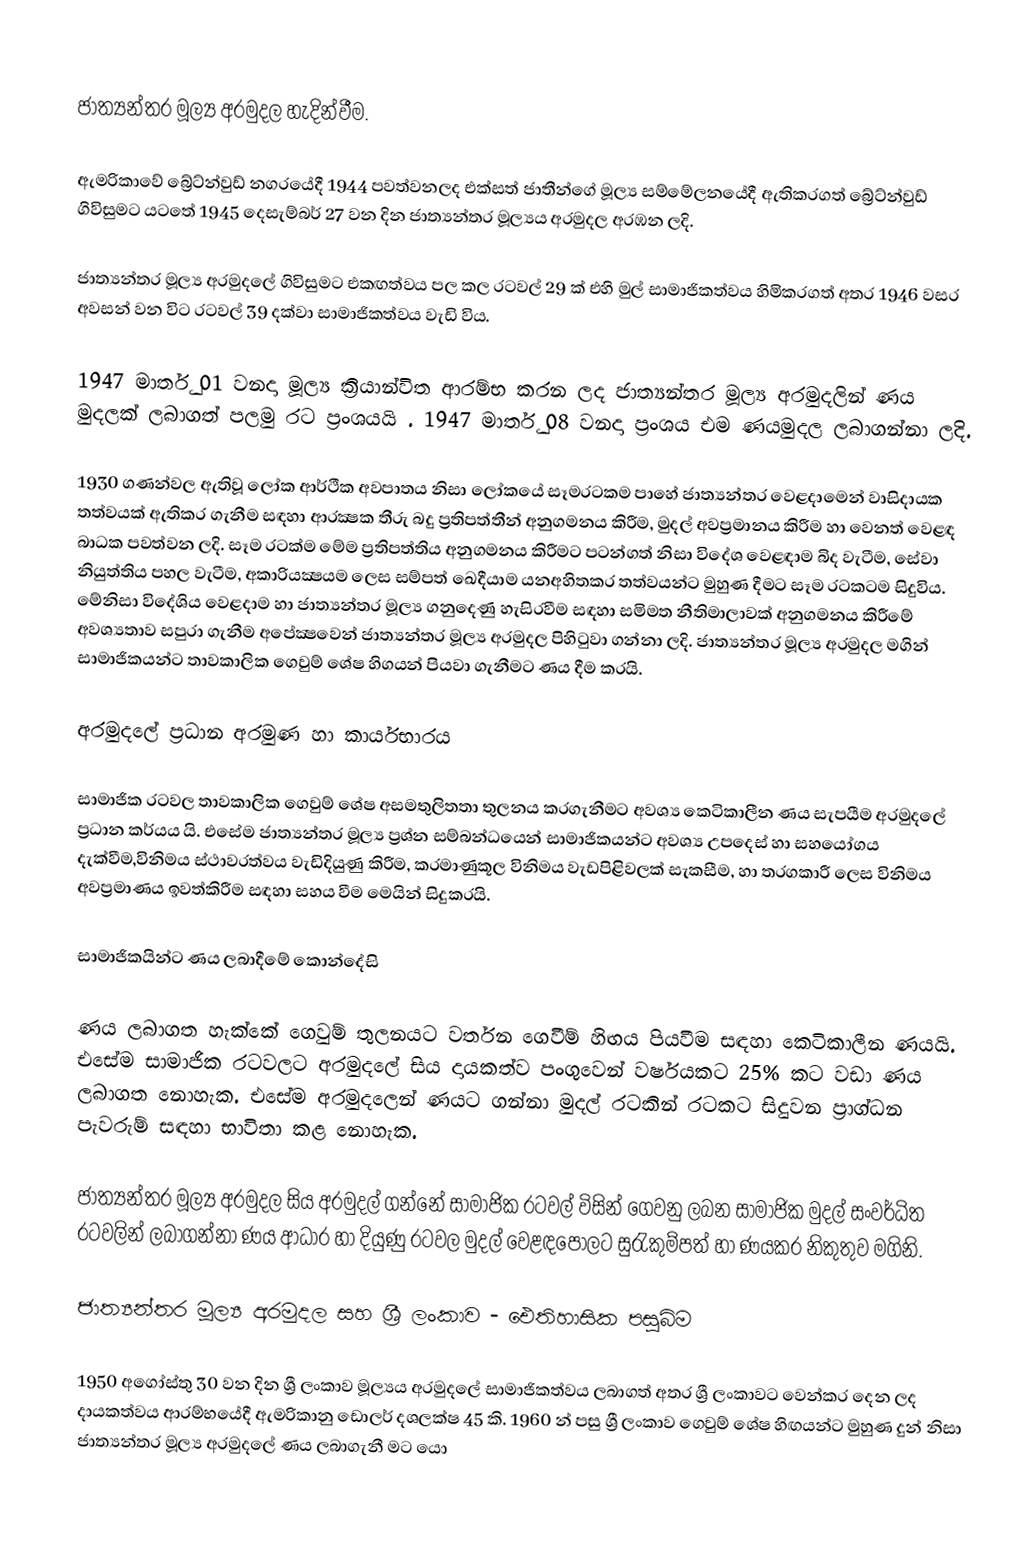

ජාත්‍යන්තර මූල්‍ය අරමුදල හැදින්වීම.

ඇමරිකා‍වේ බ්‍රේට්න්වුඩ් නගරයේදී 1944 පවත්වනලද එක්සත් ජාතීන්ගේ මූල්‍ය සම්මේලනයේදී ඇතිකරගත් බ්‍රේට්න්වුඩ් ගිවිසුමට යටතේ 1945 දෙසැම්බර් 27 වන දින  ජාත්‍යන්තර මූල්‍යය  අරමුදල අරඹන ලදි.

ජාත්‍යන්තර මූල්‍ය අරමුදලේ ගිවිසුමට එකඟත්වය පල කල රටවල් 29 ක් එහි මුල් සාමාජිකත්වය හිමිකරගත් අතර 1946 වසර අවසන් වන විට රටවල් 39 දක්වා සාමාජිකත්වය වැඩි විය.

1947 මාර්තු 01 වනදා මූල්‍ය ක්‍රියාන්විත ආරම්භ කරන ලද ජාත්‍යන්තර මූල්‍ය අරමුදලින් ණය මුදලක් ලබාගත් පලමු රට  ප්‍රංශයයි .  1947 මාර්තු 08 වනදා ප්‍රංශය එම ණයමුදල ලබාගන්නා ලදි.

1930 ගණන්වල ඇතිවූ ලෝක ආර්ථීක අවපාතය නිසා ලෝකයේ සෑමරටකම පාහේ  ජාත්‍යන්තර වෙළදාමෙන් වාසිදායක තත්වයක් ඇතිකර ගැනීම සඳහා ආරක්‍ෂක තීරු බදු ප්‍රතිපත්තීන් අනුගමනය කිරීම, මුදල් අවප්‍රමානය කිරීම හා වෙනත් වෙළඳ බාධක පවත්වන ලදි. සෑම රටක්ම මේම ප්‍රතිපත්තිය අනුගමනය කිරීමට පටන්ගත් නිසා විදේශ වෙළඳාම බිද වැටීම, සේවා නියුත්තිය පහල වැටීම, අකාරියක්‍ෂයම ලෙස සම්පත් ඛෙදීයාම යනඅහිතකර තත්වයන්ට මුහුණ දීමට සෑම රටකටම සිදුවිය. මේනිසා විදේශිය වෙළදාම හා ජාත්‍යන්තර මූල්‍ය ගනුදෙණු හැසිරවීම සඳහා සමිමත නීතිමාලාවක් අනුගමනය කිරීමේ අවශ්‍යතාව සපුරා ගැනීම අපේක්‍ෂවෙන් ජා‍ත්‍යන්තර මූල්‍ය අරමුදල පිහිටුවා ගන්නා ලදි. ජාත්‍යන්තර මූල්‍ය අරමුදල මගින් සාමාජිකයන්ට තාවකාලික ගෙවුම් ශේෂ හිගයන් පියවා ගැනීමට ණය දීම කරයි.

අරමුදලේ ප්‍රධාන අරමුණ හා කාර්යභාරය

සාමාජික රටවල තාවකාලික ගෙවුම් ශේෂ අසමතුලිතතා තුලනය කරගැනීමට අවශ්‍ය කෙටිකාලීන ණය සැපයීම අරමුදලේ ප්‍රධාන කර්යය යි. එසේම ජාත්‍යන්තර මූල්‍ය ප්‍රශ්න  සම්බන්ධයෙන් සාමාජිකයන්ට අවශ්‍ය උපදෙස් හා සහයෝගය දැක්වීම,විනිමය ස්ථාවරත්වය වැඩිදියුණු කිරීම, ක‍්‍රමාණුකූල විනිමය වැඩපිළිවලක් සැකසීම, හා තරගකාරී ලෙස විනිමය අවප්‍රමාණය ඉවත්කිරීම සඳහා සහය වීම මෙයින් සිදුකරයි.

සාමාජිකයින්ට ණය ලබාදීමේ කොන්දේසි

ණය ලබාගත හැක්කේ ගෙවුම් තුලනයට වර්තන ගෙවීම් හිඟය පියවීම සඳහා කෙටිකාලීන ණයයි. එසේම සාමාජික රටවලට අරමුදලේ සිය දායකත්ව පංගුවෙන් වර්ෂයකට 25% කට වඩා ණය ලබාගත නොහැක. එසේම අරමුදලෙන් ණයට ගන්නා මුදල් රටකින් රටකට සිදුවන ප්‍රාග්ධන පැවරුම් සඳහා භාවිතා කළ නොහැක.

ජාත්‍යන්තර මූල්‍ය අරමුදල  සිය අරමුදල් ගන්නේ සාමාජික රටවල් විසින් ගෙවනු ලබන සාමාජික මුදල් සංවර්ධිත රටවලින් ලබාගන්නා ණය ආධාර හා දියුණු රටවල  මුදල් වෙළඳපොලට සුරැකුම්පත් හා ණයකර නිකුතුව මගිනි.

ජාත්‍යන්තර මූල්‍ය අරමුදල සහ ශ්‍රී ලංකාව - ඓතිහාසික පසුබිම

1950 අගෝස්තු 30 වන දින ශ්‍රී ලංකාව මූල්‍යය  අරමුදලේ සාමාජිකත්වය ලබාගත් අතර ශ්‍රී ලංකාවට වෙන්කර දෙන ලද දායකත්වය ආරම්භයේදී ඇමරිකානු ඩොලර් දශලක්ෂ 45 කි. 1960 න් පසු ශ්‍රී ලංකාව ගෙවුම් ශේෂ හිඟයන්ට මුහුණ දුන් නිසා ජාත්‍යන්තර මූල්‍ය අරමුදලේ ණය ලබාගැනී මට යො